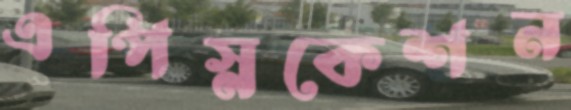
এপিস্নকেশন